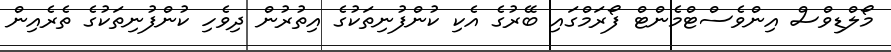
މޯލްޑިވްސް އިންވެސްޓްމެންޓް ފޯރަމްގައި ބޭރުގެ އެކި ކުންފުނިތަކުގެ އިތުރުން ދިވެހި ކުންފުނިތަކުގެ ތެރެއިން